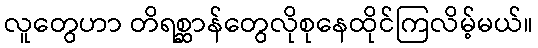
လူတွေဟာ တိရစ္ဆာန်တွေလိုစုနေထိုင်ကြလိမ့်မယ်။